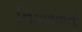
નિકળવાનો